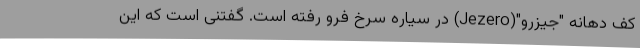
کف دهانه "جیزرو"(Jezero) در سیاره سرخ فرو رفته است. گفتنی است که این